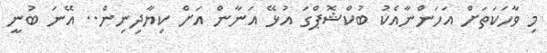
މި ވާހަކަތަށް އަހަންނާއެކު ބުކްޝޮޕްގަ އުޅޭ އަނާން އަށް ކިޔާދިނިން.. އޭނަ ބުނީ